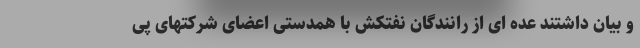
و بیان داشتند عده ای از رانندگان نفتکش با همدستی اعضای شرکتهای پی